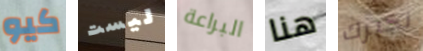
كيو ليست البراعة هنا نخبرك